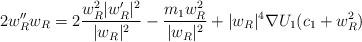
LaTeX: \begin{align*}2 w_{R}'' w_{R} = 2 \frac{ w_{R}^{2}|w_{R}'|^{2} }{ |w_{R}|^{2} } - \frac{ m_{1} w_{R}^{2} }{ |w_{R}|^{2} }+ |w_{R}|^{4}\nabla U_{1}( c_{1}+w_{R}^{2} )\end{align*}